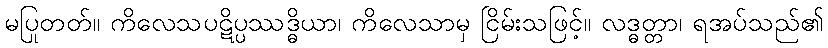
မပြုတတ်။ ကိလေသပဋိပ္ပဿဒ္ဓိယာ၊ ကိလေသာမှ ငြိမ်းသဖြင့်။ လဒ္ဓတ္တာ၊ ရအပ်သည်၏